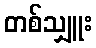
တစ်သျှူး